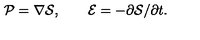
{ \cal P } = \nabla { \cal S } , \qquad { \cal E } = - \partial { \cal S } / \partial t .